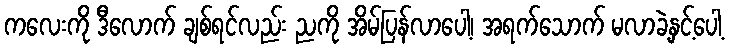
ကလေးကို ဒီလောက် ချစ်ရင်လည်း ညကို အိမ်ပြန်လာပေါ့၊ အရက်သောက် မလာခဲ့နှင့်ပေါ့